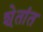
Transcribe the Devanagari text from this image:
शे्तांत